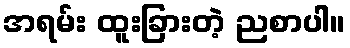
အရမ်း ထူးခြားတဲ့ ညစာပါ။